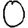
Digit: 0